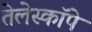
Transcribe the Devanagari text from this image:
तेलेस्कॉपे